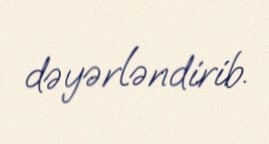
dəyərləndirib.